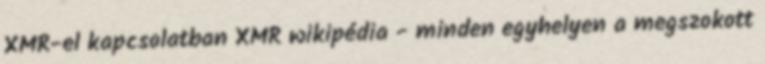
XMR-el kapcsolatban XMR wikipédia - minden egyhelyen a megszokott